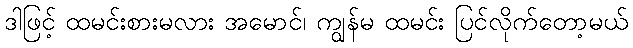
ဒါဖြင့် ထမင်းစားမလား အမောင်၊ ကျွန်မ ထမင်း ပြင်လိုက်တော့မယ်